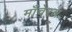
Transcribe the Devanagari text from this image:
माँचेरल